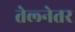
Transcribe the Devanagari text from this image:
तेल्नेतर